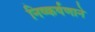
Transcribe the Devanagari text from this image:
निष्कर्षणाने